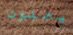
يجنون